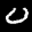
Label: 0